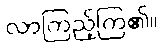
လာကြည့်ကြ၏။